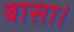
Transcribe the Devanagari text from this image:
बासा।